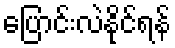
ပြောင်းလဲနိုင်ရန်